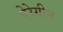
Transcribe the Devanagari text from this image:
पेरेग्रीन